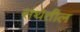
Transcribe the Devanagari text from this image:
संथेतील